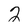
Character: 2